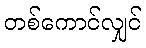
တစ်ကောင်လျှင်